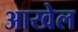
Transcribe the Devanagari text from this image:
आखेल